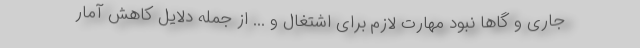
جاری و گاها نبود مهارت لازم برای اشتغال و ... از جمله دلایل کاهش آمار